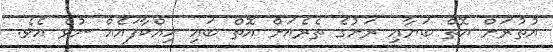
އުތުރަށް އޮތް ބަޔާއި ރަށުގެ ތެރެއަށް އޮތް ބައި ހިއްކާފައެއް ނުވެ އެވެ.